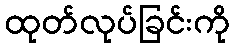
ထုတ်လုပ်ခြင်းကို